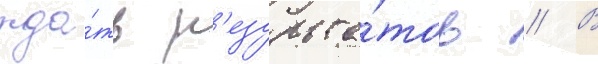
жда́ть р'езульта́тов // В